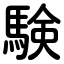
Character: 験